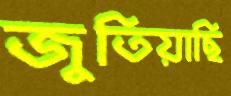
জুতিয়াছি